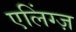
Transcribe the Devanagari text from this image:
एलिंग्ज़